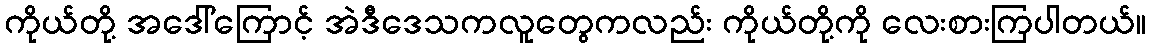
ကိုယ်တို့ အဒေါ်ကြောင့် အဲဒီဒေသကလူတွေကလည်း ကိုယ်တို့ကို လေးစားကြပါတယ်။